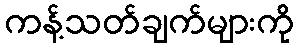
ကန့်သတ်ချက်များကို